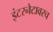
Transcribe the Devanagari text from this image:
इंटरनेटावरच